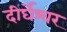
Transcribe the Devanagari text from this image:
दीर्घेश्वर